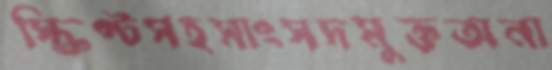
স্ক্রিপ্টসহসাংসদমুক্তঅনা